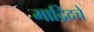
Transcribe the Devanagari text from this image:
माद्रिदचे